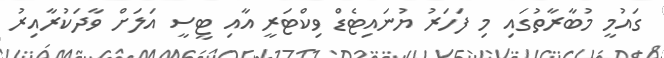
ގައުމީ މުބާރާތުގައި މި ފަހަރު ޔުނައިޓެޑް ވިކްޓަރީ އާއި ޓީސީ އަލަށް ވާދަކުރާއިރު